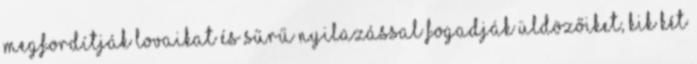
megfordítják lovaikat és sűrű nyilazással fogadják üldözőiket, kik két